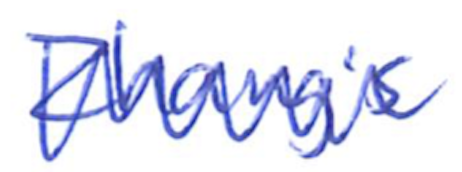
Text: Zhang's
Cross-out: zig-zag
Writing tool: ballpoint